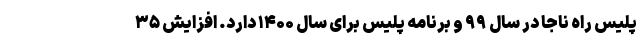
پلیس راه ناجا در سال ۹۹ و برنامه پلیس برای سال ۱۴۰۰ دارد. افزایش ۳۵